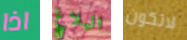
اذا البلاغ لاتكون